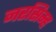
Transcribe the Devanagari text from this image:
नरसिम्ह